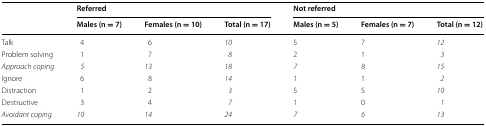
<table><thead><tr><td rowspan="2"></td><td colspan="3"><b>Referred</b></td><td colspan="3"><b>Not referred</b></td></tr><tr><td><b>Males (n = 7)</b></td><td><b>Females (n = 10)</b></td><td><b>Total (n = 17)</b></td><td><b>Males (n = 5)</b></td><td><b>Females (n = 7)</b></td><td><b>Total (n = 12)</b></td></tr></thead><tbody><tr><td>Talk</td><td>4</td><td>6</td><td><i>10</i></td><td>5</td><td>7</td><td><i>12</i></td></tr><tr><td>Problem solving</td><td>1</td><td>7</td><td><i>8</i></td><td>2</td><td>1</td><td><i>3</i></td></tr><tr><td><i>Approach coping</i></td><td><i>5</i></td><td><i>13</i></td><td><i>18</i></td><td><i>7</i></td><td><i>8</i></td><td><i>15</i></td></tr><tr><td>Ignore</td><td>6</td><td>8</td><td><i>14</i></td><td>1</td><td>1</td><td><i>2</i></td></tr><tr><td>Distraction</td><td>1</td><td>2</td><td><i>3</i></td><td>5</td><td>5</td><td><i>10</i></td></tr><tr><td>Destructive</td><td>3</td><td>4</td><td><i>7</i></td><td>1</td><td>0</td><td><i>1</i></td></tr><tr><td><i>Avoidant coping</i></td><td><i>10</i></td><td><i>14</i></td><td><i>24</i></td><td><i>7</i></td><td><i>6</i></td><td><i>13</i></td></tr></tbody></table>